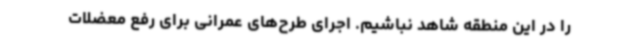
را در این منطقه شاهد نباشیم. اجرای طرح‌های عمرانی برای رفع معضلات